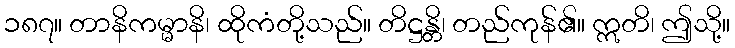
၁၈၇။ တာနိကမ္မာနိ၊ ထိုကံတို့သည်။ တိဋ္ဌန္တိ၊ တည်ကုန်၏။ ဣတိ၊ ဤသို့။